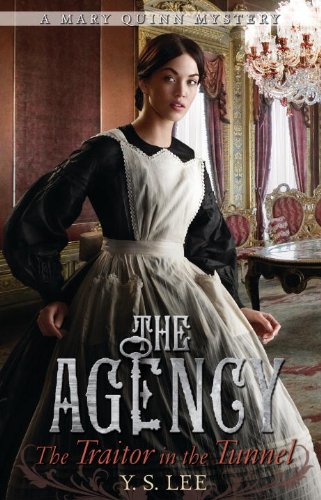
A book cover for The Agency 3: The Traitor in the Tunnel (The Agency Mysteries); Y.S. Lee; Teen & Young Adult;